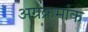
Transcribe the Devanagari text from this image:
अग्रक्रमांक